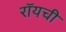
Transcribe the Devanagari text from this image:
रॉयची